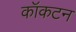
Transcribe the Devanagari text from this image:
कॉकटन